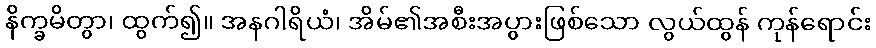
နိက္ခမိတွာ၊ ထွက်၍။ အနဂါရိယံ၊ အိမ်၏အစီးအပွားဖြစ်သော လွယ်ထွန် ကုန်ရောင်း